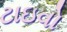
ટાઇવો